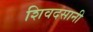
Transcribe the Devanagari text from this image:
शिवदसानी